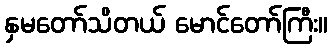
နှမတော်သိတယ် မောင်တော်ကြီး။